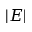
| E |